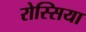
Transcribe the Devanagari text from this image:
रोस्सिया